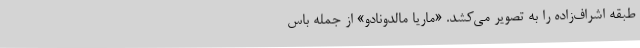
طبقه اشراف‌زاده را به تصویر می‌کشد. «ماریا مالدونادو» از جمله باس